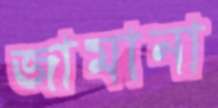
জামানা